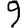
Digit: 9